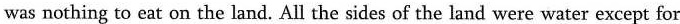
was nothing to eat on the land. All the sides of the land were water except for